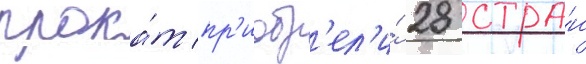
прока́т пр'иобр'ел'и́ 28 стра́н